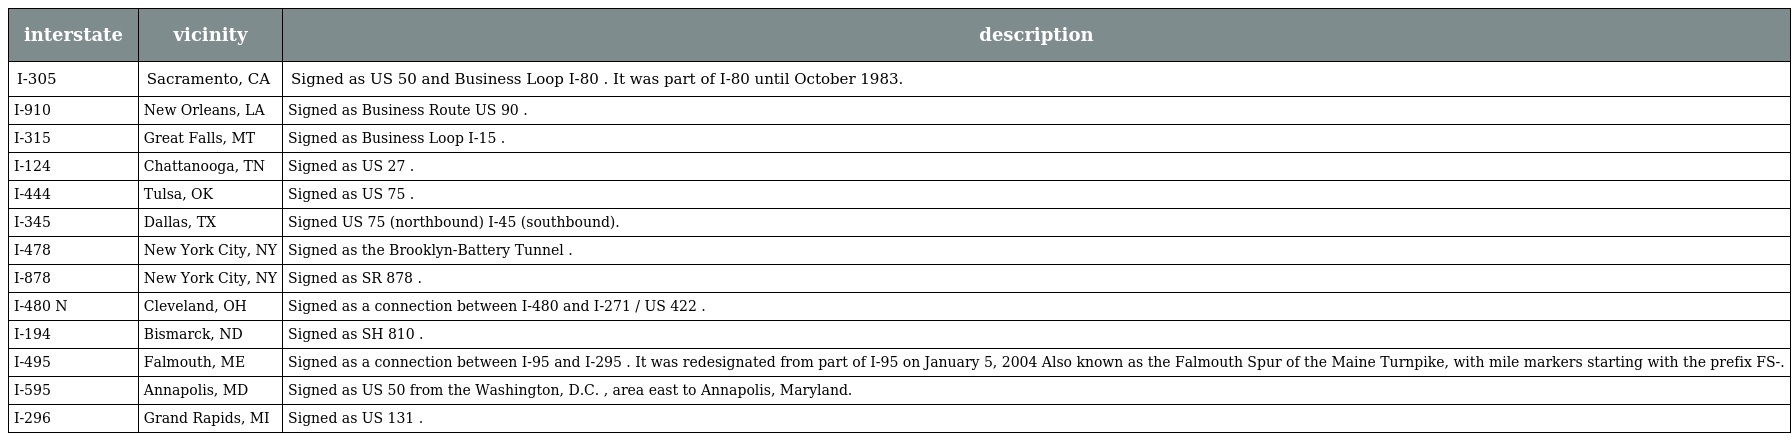
| interstate | vicinity | description |
 | --- | --- | --- |
 | I-305 | Sacramento, CA | Signed as US 50 and Business Loop I-80 . It was part of I-80 until October 1983. |
 | I-910 | New Orleans, LA | Signed as Business Route US 90 . |
 | I-315 | Great Falls, MT | Signed as Business Loop I-15 . |
 | I-124 | Chattanooga, TN | Signed as US 27 . |
 | I-444 | Tulsa, OK | Signed as US 75 . |
 | I-345 | Dallas, TX | Signed US 75 (northbound) I-45 (southbound). |
 | I-478 | New York City, NY | Signed as the Brooklyn-Battery Tunnel . |
 | I-878 | New York City, NY | Signed as SR 878 . |
 | I-480 N | Cleveland, OH | Signed as a connection between I-480 and I-271 / US 422 . |
 | I-194 | Bismarck, ND | Signed as SH 810 . |
 | I-495 | Falmouth, ME | Signed as a connection between I-95 and I-295 . It was redesignated from part of I-95 on January 5, 2004 Also known as the Falmouth Spur of the Maine Turnpike, with mile markers starting with the prefix FS-. |
 | I-595 | Annapolis, MD | Signed as US 50 from the Washington, D.C. , area east to Annapolis, Maryland. |
 | I-296 | Grand Rapids, MI | Signed as US 131 . |